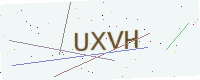
Text: UXVH